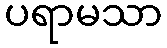
ပရာမသာ